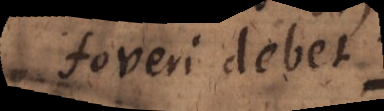
foveri debet